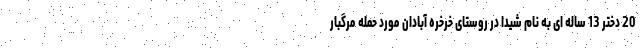
20 دختر 13 ساله ای به نام شیدا در روستای خرخره آبادان مورد حمله مرگبار